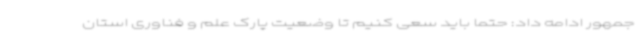
جمهور ادامه داد: حتما باید سعی کنیم تا وضعیت پارک علم و فناوری استان